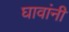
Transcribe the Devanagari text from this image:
घावांनी